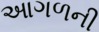
આગળની